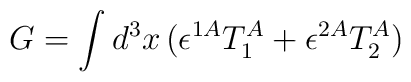
G=\int d^3x \,(\epsilon^{1A}T_1^A+\epsilon^{2A}T_2^A)